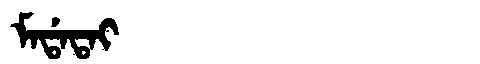
Manchu: ᠮᠠᡩᠠᡨᠠᡳ
Romanization: MADATAI